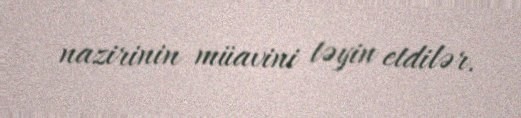
nazirinin müavini təyin etdilər.